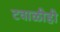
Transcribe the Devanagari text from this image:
टवाळीही